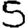
Digit: 5